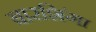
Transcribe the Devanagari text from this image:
बारशिंगा